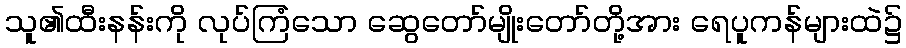
သူ၏ထီးနန်းကို လုပ်ကြံသော ဆွေတော်မျိုးတော်တို့အား ရေပူကန်များထဲ၌